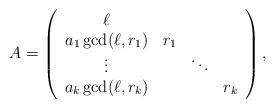
LaTeX: \begin{align*}A=\left( \begin{array}{ccccc}\ell & \\a_1\gcd(\ell, r_1) & r_1 \\\vdots && \ddots \\a_k\gcd(\ell, r_k) & & & r_k\end{array} \right),\end{align*}